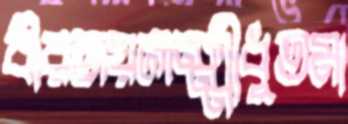
বীরজয়লক্ষ্মীধুতমা